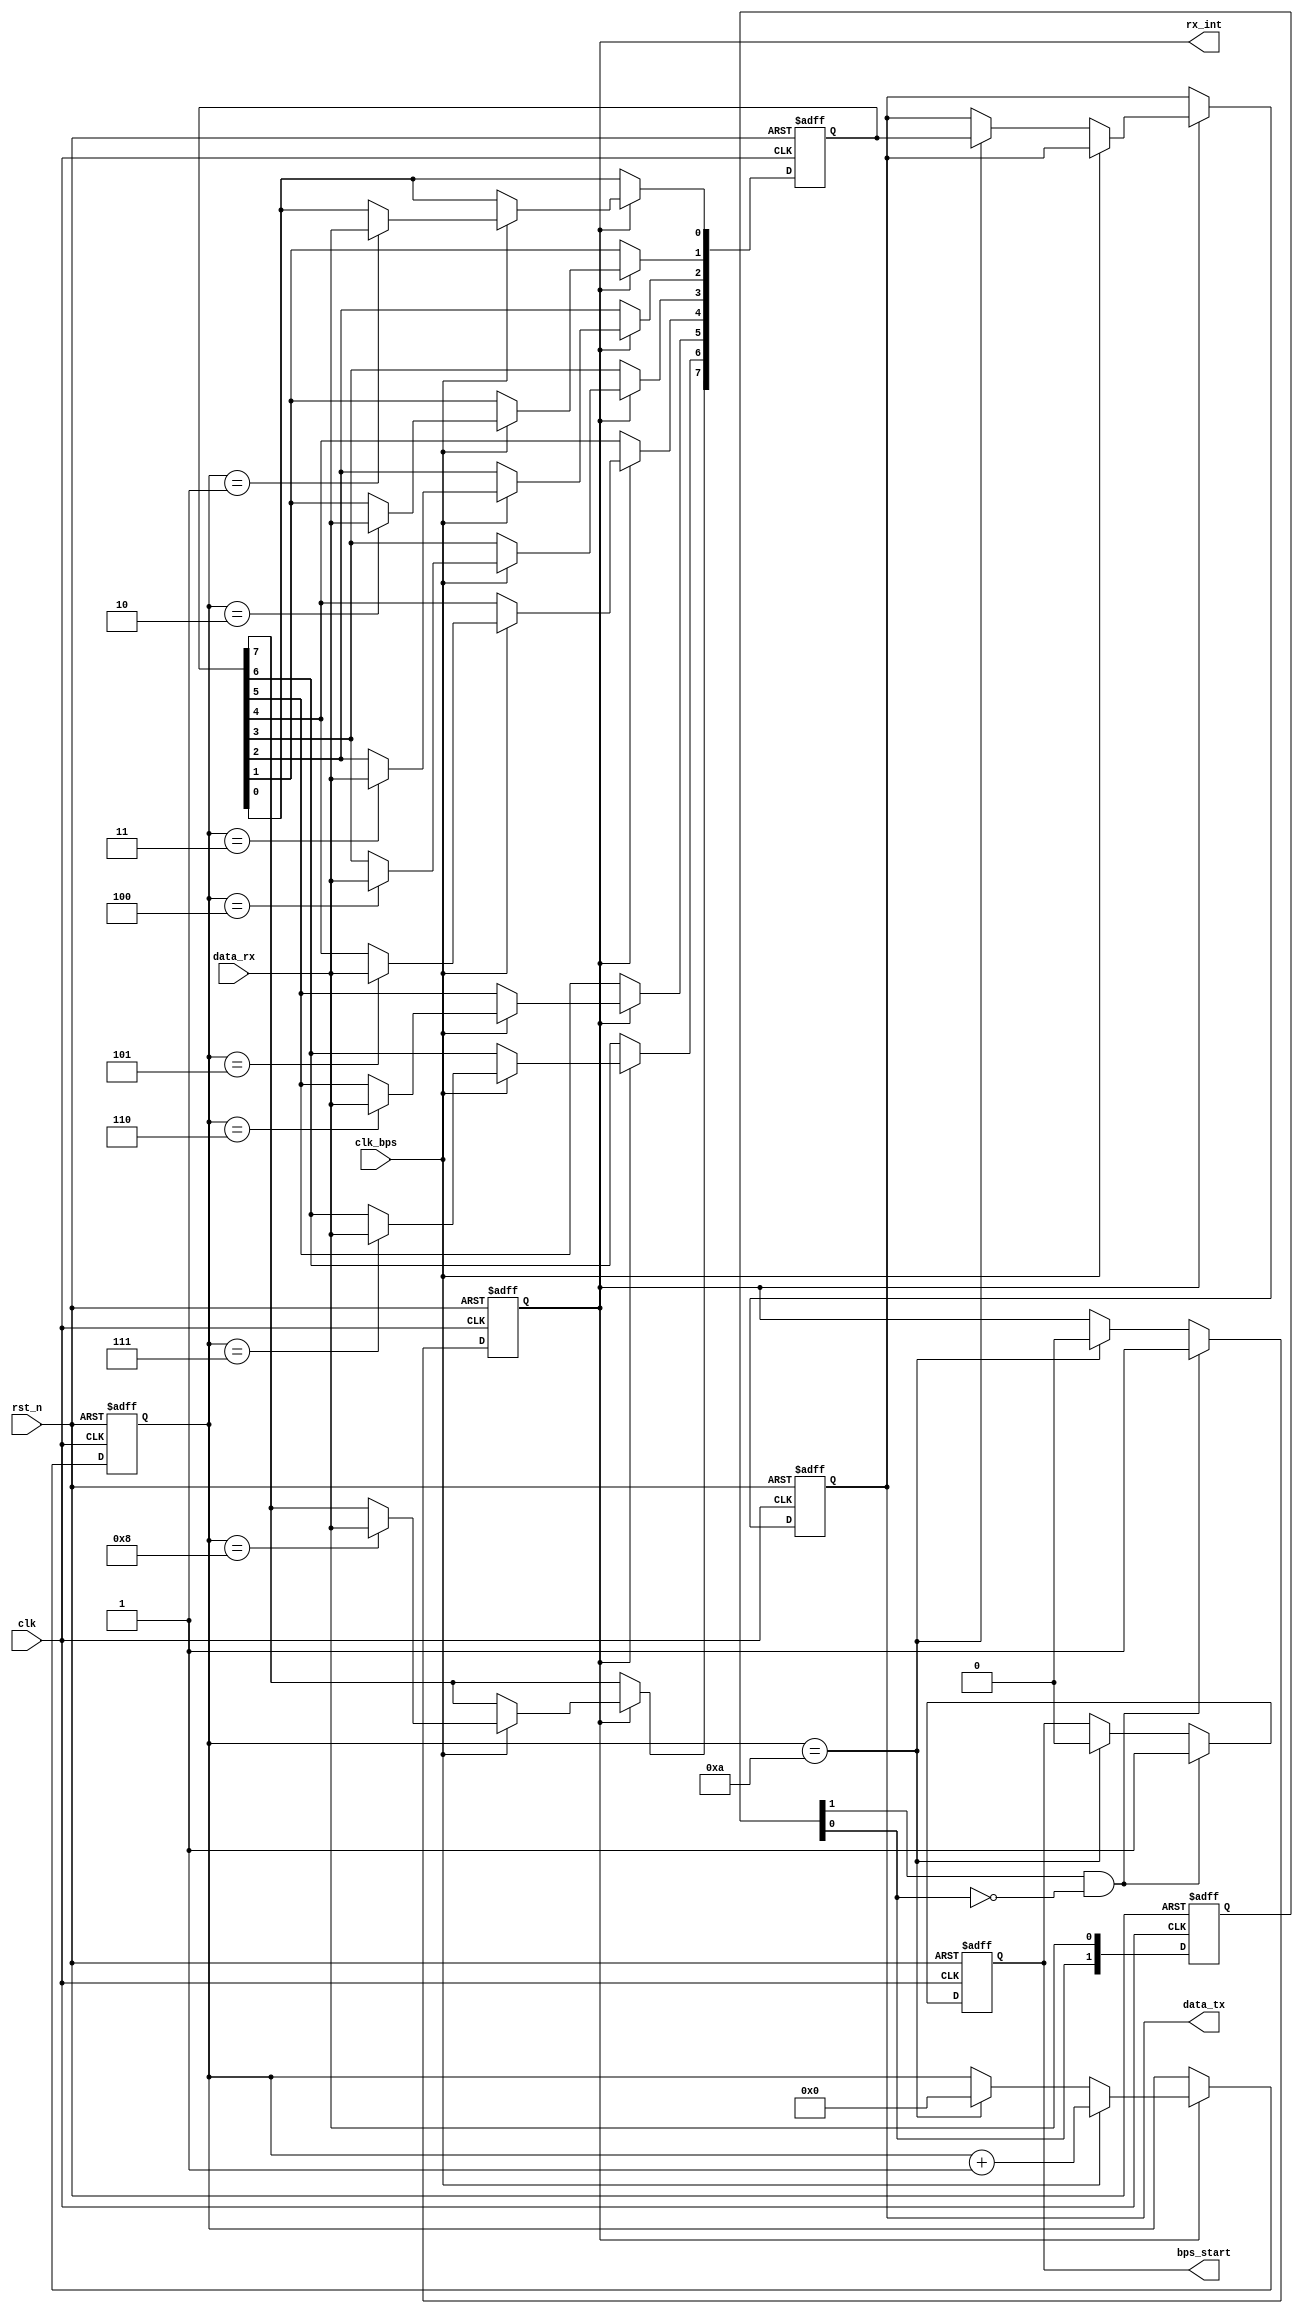
module uart_receive_xinlv(
	input	clk,
	input	rst_n,
	input	clk_bps,//clk_bps
	input	data_rx,//
	output	reg	rx_int,//10
	output	[7:0]	data_tx,//uart_tx
	output	reg	bps_start	//uart_rxclk_bps
    );
	
//-------------------------
reg	[1:0]	rx;

always@(posedge	clk	or	negedge	rst_n)begin
	if(!rst_n)	rx <= 2'b11;
	else	begin
		rx[0]	<=	data_rx;
		rx[1]	<=	rx[0];
	end
end
wire	nege_edge;
	assign nege_edge= rx[1]	&	~rx[0];//

reg	[3:0]num;

always@(posedge	clk	or	negedge	rst_n)begin
	if(!rst_n)	begin	
		bps_start <= 1'b0;	
		rx_int <= 1'b0;
	end
	else	if(nege_edge)begin
		bps_start <= 1'b1;
		rx_int <= 1'b1;
	end
	else if(num == 4'd10)begin
		bps_start <= 1'b0;	
		rx_int <= 1'b0;
	end
end

reg	[7:0]	rx_data_temp_r;//
reg	[7:0]	rx_data_r;//
always@(posedge	clk	or	negedge	rst_n)begin
	if(!rst_n)	begin	
		rx_data_r	<= 8'd0;
		rx_data_temp_r	<= 8'd0;
		num <= 4'd0;
	end
	else	if(rx_int)begin
		if(clk_bps)begin
			num <= num + 1'b1;
			case(num)
				4'd1: rx_data_temp_r[0] <= data_rx;	//0bit
				4'd2: rx_data_temp_r[1] <= data_rx;	//1bit
				4'd3: rx_data_temp_r[2] <= data_rx;	//2bit
				4'd4: rx_data_temp_r[3] <= data_rx;	//3bit
				4'd5: rx_data_temp_r[4] <= data_rx;	//4bit
				4'd6: rx_data_temp_r[5] <= data_rx;	//5bit
				4'd7: rx_data_temp_r[6] <= data_rx;	//6bit
				4'd8: rx_data_temp_r[7] <= data_rx;	//7bit
				default: ;
			endcase
		end
		else if(num == 4'd10)begin
			rx_data_r	<=rx_data_temp_r;
			num <= 4'd0;
		end
	end
end

assign	data_tx = rx_data_r;

endmodule